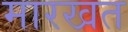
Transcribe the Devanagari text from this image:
मारखत